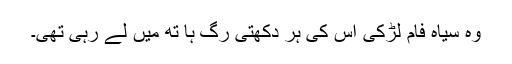
وہ سیاہ فام لڑکی اس کی ہر دکھتی رگ ہا تھ میں لے رہی تھی۔